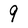
Character: 9